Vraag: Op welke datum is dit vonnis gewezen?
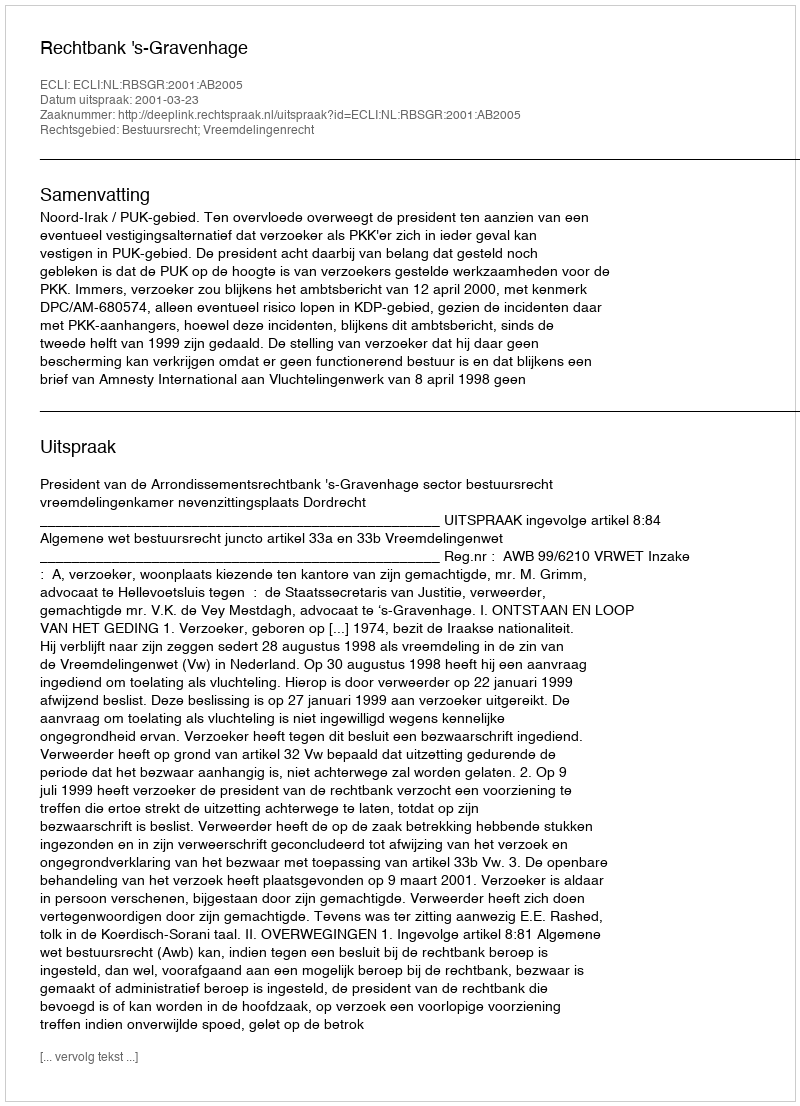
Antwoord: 2001-03-23